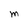
Character: M